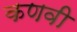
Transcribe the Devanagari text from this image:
कणवी